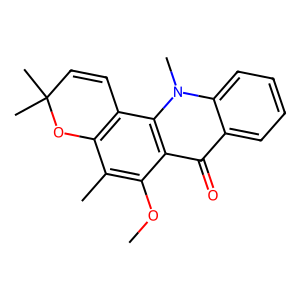
SMILES: COc1c(C)c2c(c3c1c(=O)c1ccccc1n3C)C=CC(C)(C)O2
Inhibits HIV replication: No